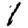
Digit: 1